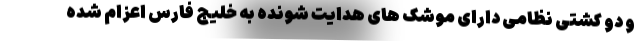
و دو کشتی نظامی دارای موشک های هدایت شونده به خلیج فارس اعزام شده